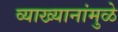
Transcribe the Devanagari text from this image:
व्याख्यानांमुळे